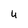
Character: U